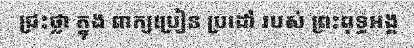
ជ្រះថ្លា ក្នុង ពាក្យប្រៀន ប្រដៅ របស់ ព្រះពុទ្ធអង្គ